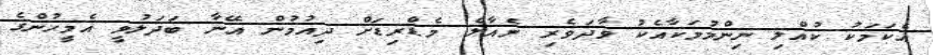
އެކަމަކު ކުއްލި ނިންމުމަކާއެކު ވާދަވެރި ރެއާލް މެޑްރިޑަށް ދިއުމުން އޭނާ ބަދަލުވީ އެމީހުންގެ